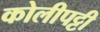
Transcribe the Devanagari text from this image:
कोलीपट्टी